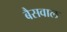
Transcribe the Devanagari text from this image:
बैसवाल